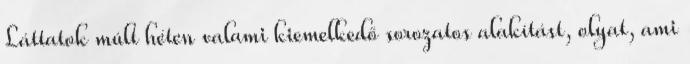
Láttatok múlt héten valami kiemelkedő sorozatos alakítást, olyat, ami